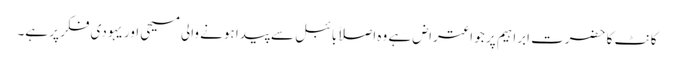
کانٹ کا حضرت ابراہیم پر جو اعتراض ہے وہ اصلاًبائبل سے پیدا ہونے والی مسیحی اور یہودی فکر پر ہے۔